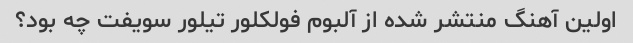
اولین آهنگ منتشر شده از آلبوم فولکلور تیلور سویفت چه بود؟